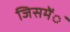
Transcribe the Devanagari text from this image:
जिसमेंंं